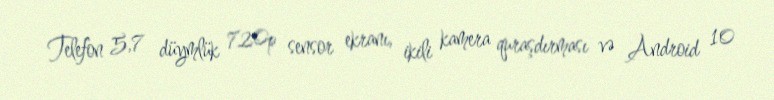
Telefon 5,7 düymlük 720p sensor ekranı, ikili kamera quraşdırması və Android 10